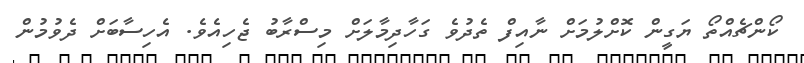
ކޯންޗެއްތޯ ޔަގީން ކޮށްލުމަށް ނާއިފް ތެދުވެ ގަހާދިމާލަށް މިސްރާބު ޖެހިއެވެ. އެހިސާބަށް ދެވުމުން